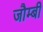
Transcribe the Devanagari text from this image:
जौम्बी